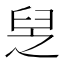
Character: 𦥧